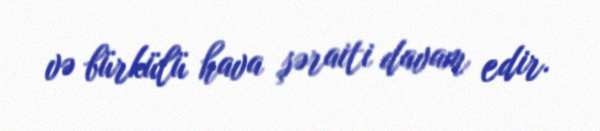
və bürkülü hava şəraiti davam edir.